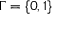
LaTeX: \Gamma = \{ 0 , 1 \}